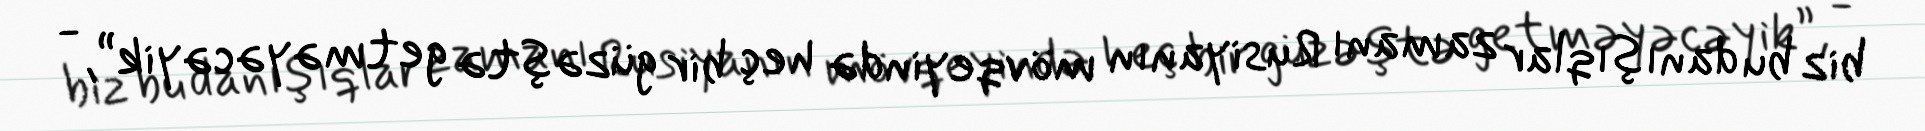
biz bu danışıqlar zamanı Rusiyanın mövqeyində heç bir güzəştə getməyəcəyik”, -